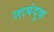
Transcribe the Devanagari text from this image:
लाबंदूक